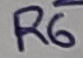
Text: R6